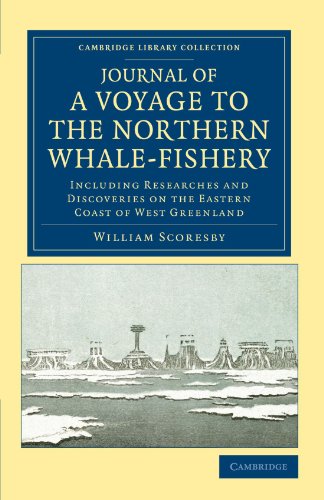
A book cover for Journal of a Voyage to the Northern Whale-Fishery: Including Researches and Discoveries on the Eastern Coast of West Greenland, Made in the Summer of ... Library Collection - Polar Exploration); William Scoresby; History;